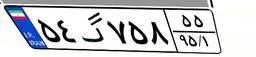
۵۴گ۷۵۸۵۵